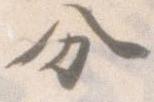
分